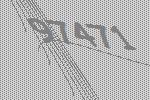
97471